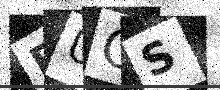
Text: BUGS